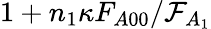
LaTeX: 1+n_{1}\kappa F_{A00}/\mathcal{F}_{A_{1}}